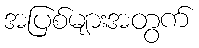
အပြစ်များအတွက်